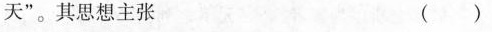
天”。其思想主张 ( )